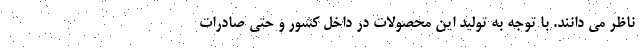
ناظر می دانند. با توجه به تولید این محصولات در داخل کشور و حتی صادرات